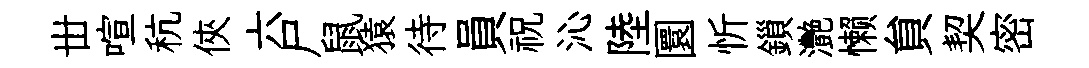
丗喧秔俠六尸鼠猿待員祝沁陸圜忻鎻灧懒貟契密